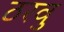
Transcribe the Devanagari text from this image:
ठरवु